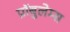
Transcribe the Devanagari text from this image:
प्रॉबुलेम्स